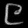
Digit: ၉